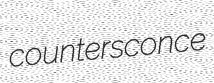
countersconce